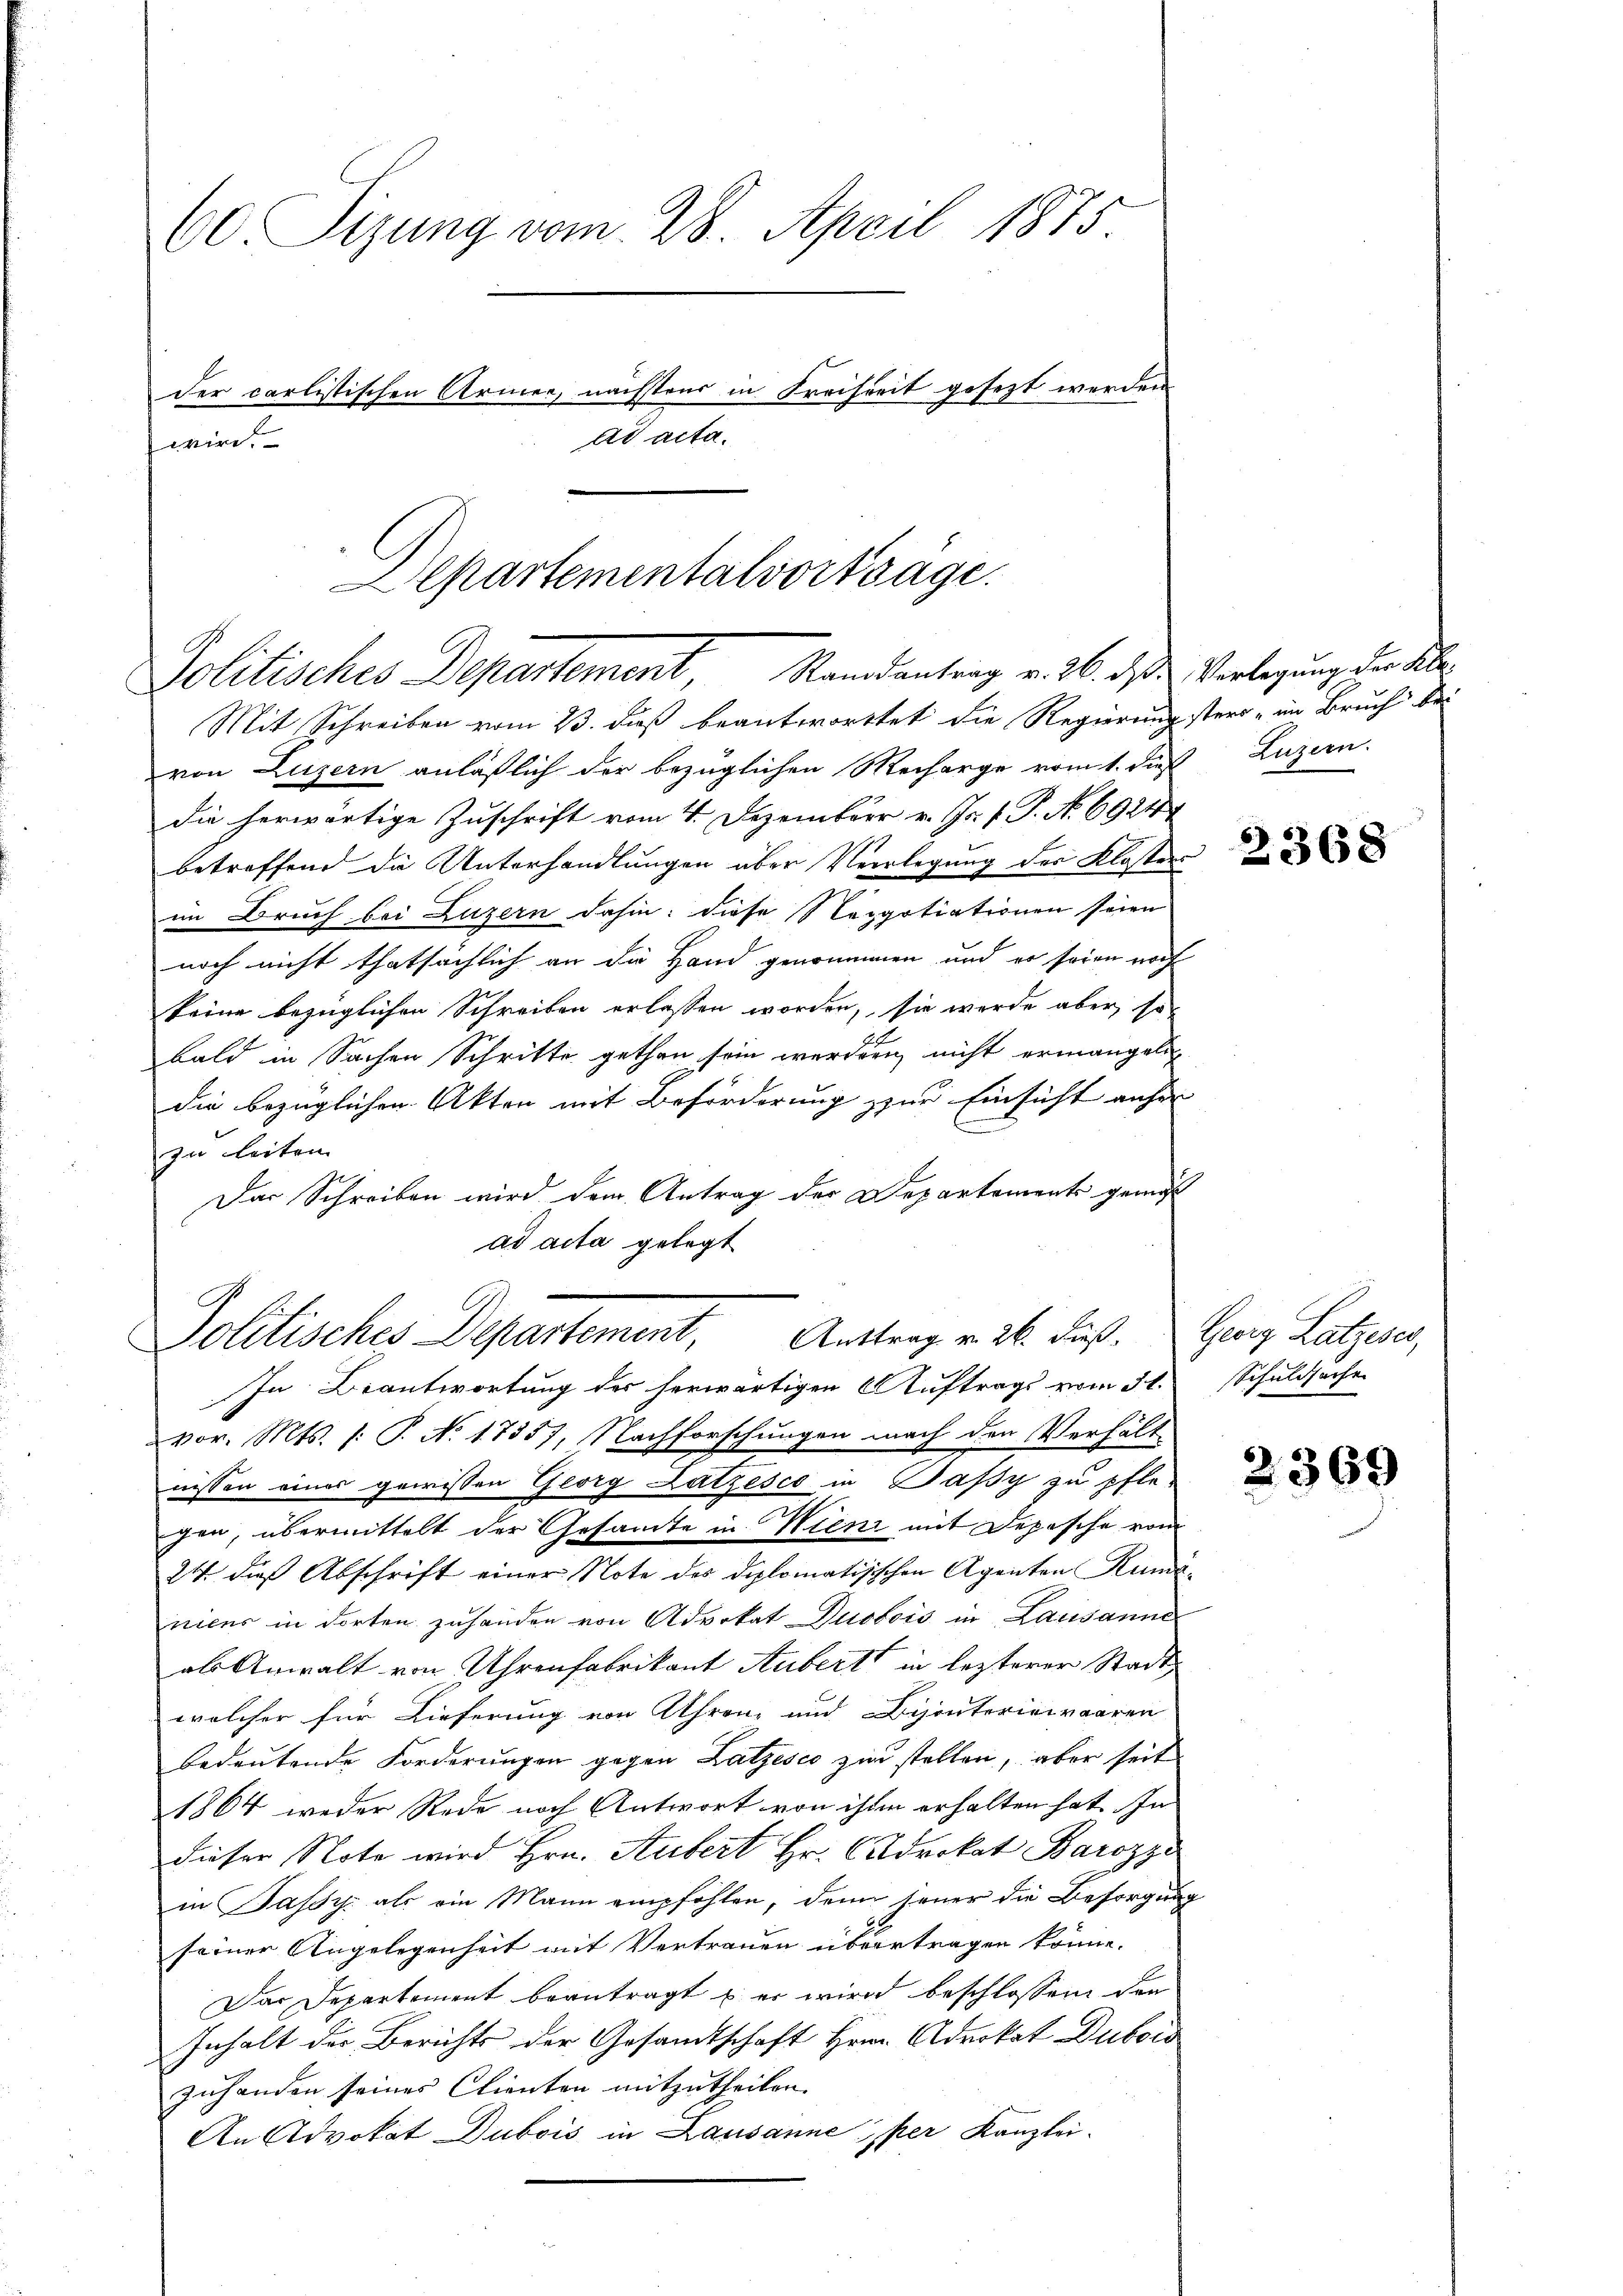
60 Sizung vom 28. April 1875.
der carlistischen Armen, nächstens in Freiheit gesezt werden
ad acta.
wird.

Mit Schreiben vom 23. daß beantwortet die Regierungster - im Bruch bei
von Luzern anläßlich der bezüglichen Mecharge vom t. dieß Luzern.
die herwärtige Zuschrift vom 4. Dezember v. Js. f. P. No. 6924
betreffend die Unterhandlungen über Verlegung des Klosters
im Bruch bei Luzern dahin: diese Nappotiationen seien
noch nicht thatsächlich an die Hand genommen und er seien noch
keine bezüglichen Schreiben erlassen worden, sie wurde aber, so
bald in Sachen Schritte gethan sein werden nicht ermangeln
die bezüglichen Akten mit Beförderung zur Einsicht anher
E
zu leiten.
Das Schreiben wird dem Antrag der Departements gemäß
ad acta gelegt
In Beantwortung des herwärtigen Auftrags vom 31. Schuldsache
vor. Mts. /: P. No. 17357, Nachforschungen nach den Verhält-
nissen eines gewissen Georg Latzesco in Passy zu pflegen, übermittelt der Gesamte in Wien mit Depesche vom
24 dies Abschrift einer Note des diplomatisischen Agenten Ruma
nicus in dorten zuhanden von Advokat Dubois in Lausanne
als Anwalt von Uhrenfabrikant Aubert in lezterer Stadt,
welcher für Lieferung von Uhren, und Discutoriewaaren
bedeutende Forderungen gegen Latzesco zur stellen, aber seit
1864 weder Rede noch Antwort von ihm erhalten hat. In
dieser Note wird Hrn. Aubert Hr. Cadrokat Barozzi
in Jassy als ein Mann empfohlen, denn jener die Besorgung
seiner Angelegenheit mit Vertrauen übertragen könne.
Das Departement beantragt u. er wird beschlossen den
Inhalt der Berichts der Gesandtschaft Herrn Advokat Dubord
zuhanden seines Clienten mitzutheilen.
An Advokat Dubois in Lausanne per Kanzlei.

Departementalvorträge.
Politisches Departement, Randantrag v. 26. ds Verlegung der Ab¬

E
Solitisches Departement, Antrag v. 26. Fuß. Graz Latzeses,

2368

2369